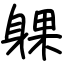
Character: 躶